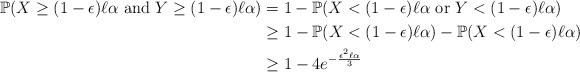
LaTeX: \begin{align*}\mathbb{P}(X \ge (1 -\epsilon)\ell\alpha\ \mathrm{and}\ Y \ge (1 -\epsilon)\ell\alpha) &= 1 - \mathbb{P}(X < (1 -\epsilon)\ell\alpha\ \mathrm{or}\ Y < (1 -\epsilon)\ell\alpha)\\&\ge 1 - \mathbb{P} (X < (1 -\epsilon)\ell\alpha) - \mathbb{P} (X < (1 -\epsilon)\ell\alpha)\\&\ge 1 - 4 e^{-\frac {\epsilon^2 \ell \alpha}3}\end{align*}